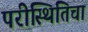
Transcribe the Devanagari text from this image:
परीस्थितिचा